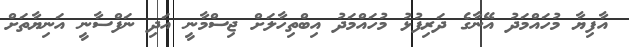
އާފިޔާ މުހައްމަދު އޭނާގެ ދަރިފުޅު މުހައްމަދު އިބްތިހާލަށް ޖިސްމާނީ އަދި ނަފްސާނީ އަނިޔާތަށް